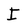
Character: I